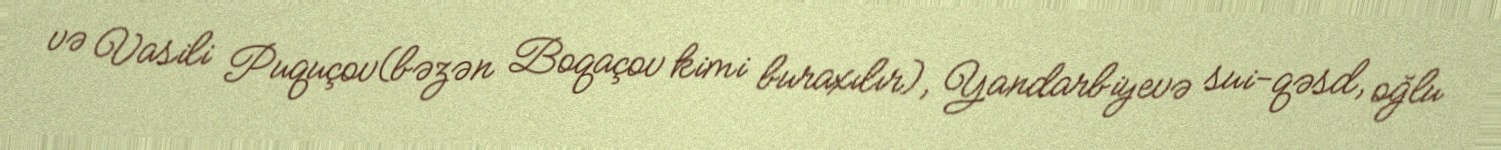
və Vasili Puquçov(bəzən Boqaçov kimi buraxılır), Yandarbiyevə sui-qəsd, oğlu